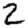
Digit: 2